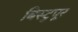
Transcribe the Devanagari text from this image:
बिस्टुपूर